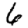
Digit: 6